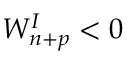
W _ { n + p } ^ { I } < 0